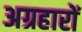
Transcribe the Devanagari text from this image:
अग्रहारों